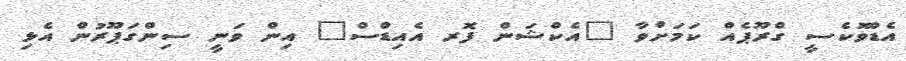
އެޑްވޮކެސީ ގްރޫޕެއް ކަމަށްވާ "އެކްޝަން ފޮރ އެއިޑްސް" އިން ވަނީ ސިންގަޕޫރުން އެޅި